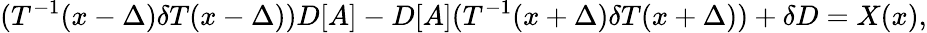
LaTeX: (T^{-1}(x-\Delta)\delta T(x-\Delta))D[A]-D[A](T^{-1}(x+\Delta)\delta T(x+\Delta))+\delta D=X(x),